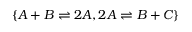
\{ A + B \rightleftharpoons 2 A , 2 A \rightleftharpoons B + C \}